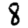
Digit: 8